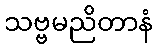
သဗ္ဗမညိတာနံ